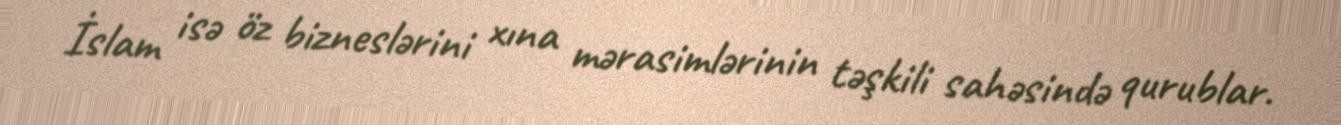
İslam isə öz bizneslərini xına mərasimlərinin təşkili sahəsində qurublar.